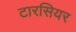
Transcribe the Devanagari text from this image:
टारसियर